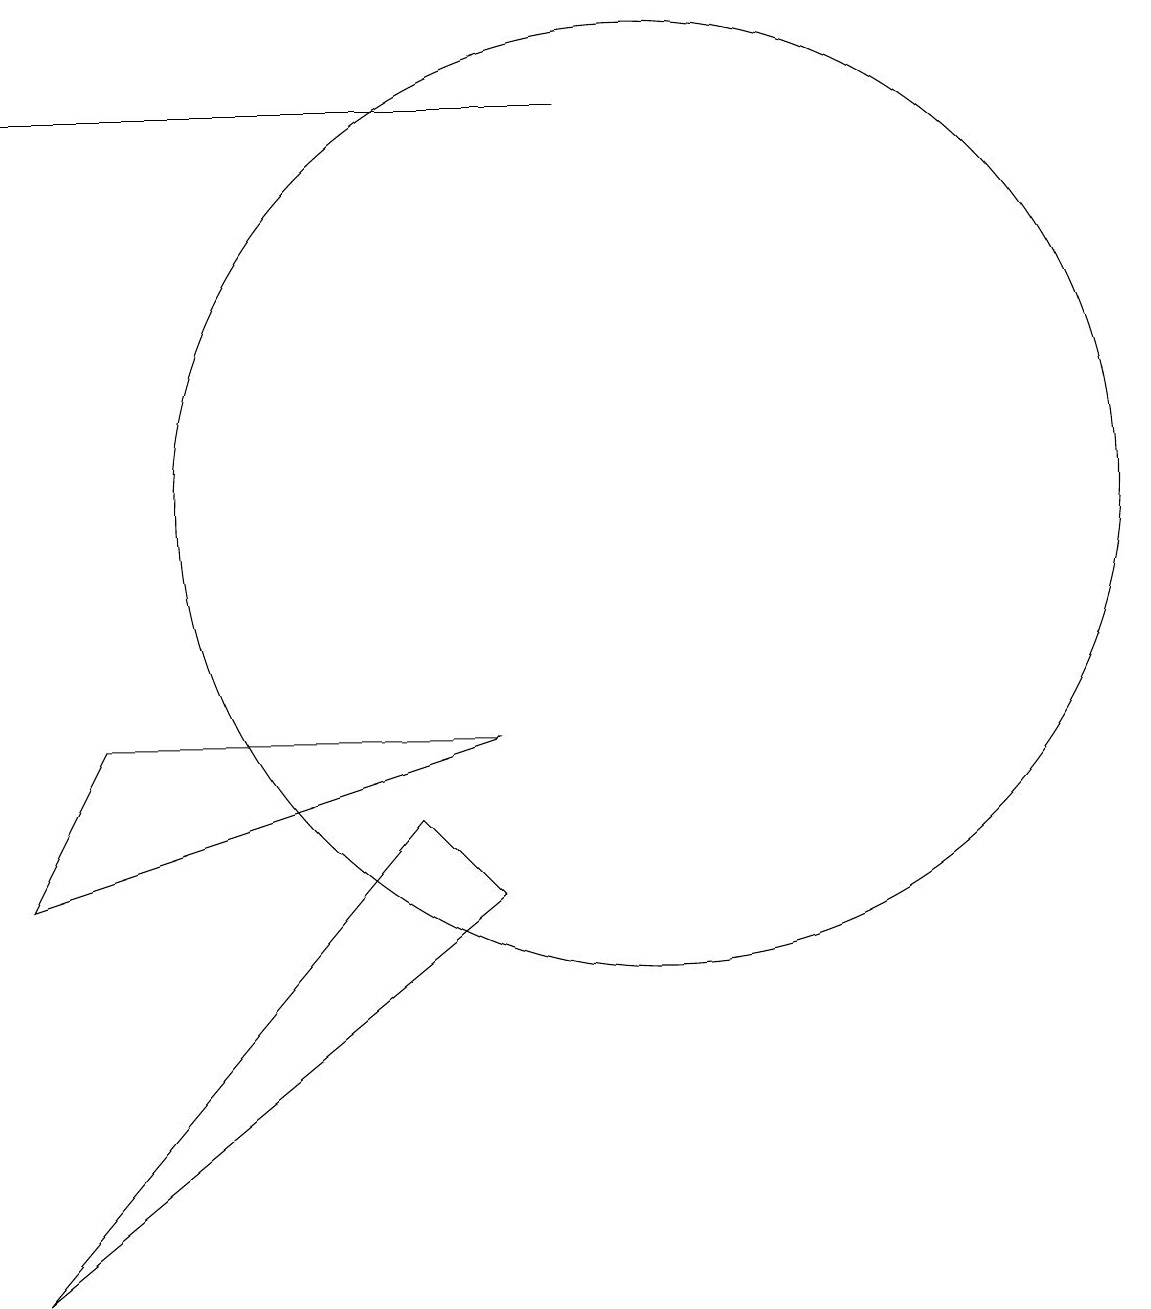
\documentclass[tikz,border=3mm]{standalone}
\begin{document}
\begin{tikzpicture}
\draw (10,12) circle (6);
\draw (9,17) rectangle (2,17);
\draw (8,7) -- (7,8) -- (2,2) -- cycle;
\draw (12,11) circle (0);
\draw (3,9) -- (8,9) -- (2,7) -- cycle;
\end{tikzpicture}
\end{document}